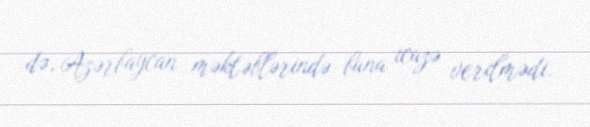
də, Azərbaycan məktəblərində buna icazə verilmədi.